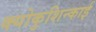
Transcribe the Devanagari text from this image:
क्योकुशिन्काई